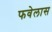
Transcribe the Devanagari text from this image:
फवेलास